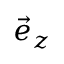
\vec { e } _ { z }